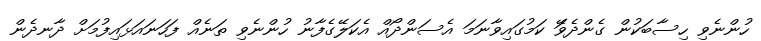
ހުންނެވި ހިސާބަކުން ގެންދެވޭަ ކަމުގައިވާނަމަ އެސަންދޯއް އެކަލޭގެފާނު ހުންނެވި ތަނެއް ފަހަނައަޅައިފުމަށް ދާނދެން